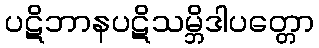
ပဋိဘာနပဋိသမ္ဘိဒါပတ္တော